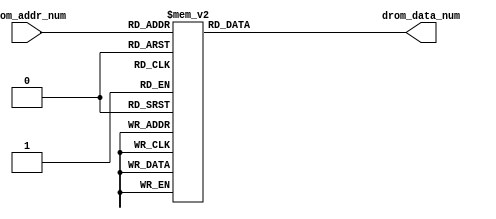
`timescale 1ns / 1ps
//////////////////////////////////////////////////////////////////////////////////
// Company: 
// Engineer: 
// 
// Design Name: 
// Module Name: font_ping
// Project Name: 
// Target Devices: 
// Tool Versions: 
// Description: 
// 
// Dependencies: 
// 
// Revision:
// Revision 0.01 - File Created
// Additional Comments:
// 
//////////////////////////////////////////////////////////////////////////////////


module word_ping(
    input [4:0] drom_addr_num,
    output reg [0:127] drom_data_num
);

always @(*)
    begin
	    case (drom_addr_num)
            0:drom_data_num = 128'b01111111111111111111111111110000011111111111111111111111111111100000111111111111111111111111000000001111111111111111111111111110;
            1:drom_data_num = 128'b01000000000000000000000000001000000000000000000100000000000000000001000000000000000000000000100000010000000000000000000000000000;
            2:drom_data_num = 128'b01000000000000000000000000000100000000000000000100000000000000000010000000000000000000000000010000100000000000000000000000000000;
            3:drom_data_num = 128'b01000000000000000000000000000010000000000000000100000000000000000100000000000000000000000000001001000000000000000000000000000000;
            4:drom_data_num = 128'b01000000000000000000000000000010000000000000000100000000000000000100000000000000000000000000001001000000000000000000000000000000;
            5:drom_data_num = 128'b01000000000000000000000000000010000000000000000100000000000000000100000000000000000000000000001001000000000000000000000000000000;
            6:drom_data_num = 128'b01000000000000000000000000000010000000000000000100000000000000000100000000000000000000000000001001000000000000000000000000000000;
            7:drom_data_num = 128'b01000000000000000000000000000010000000000000000100000000000000000100000000000000000000000000001001000000000000000000000000000000;
            8:drom_data_num = 128'b01000000000000000000000000000010000000000000000100000000000000000100000000000000000000000000001001000000000000000000000000000000;
            9:drom_data_num = 128'b01000000000000000000000000000010000000000000000100000000000000000100000000000000000000000000001001000000000000000000000000000000;
           10:drom_data_num = 128'b01000000000000000000000000000010000000000000000100000000000000000100000000000000000000000000001001000000000000000000000000000000;
           11:drom_data_num = 128'b01000000000000000000000000000010000000000000000100000000000000000100000000000000000000000000001001000000000000000000000000000000;
           12:drom_data_num = 128'b01000000000000000000000000000100000000000000000100000000000000000100000000000000000000000000001001000000000000000000000000000000;
           13:drom_data_num = 128'b01000000000000000000000000001000000000000000000100000000000000000100000000000000000000000000001001000000000000000000000000000000;
           14:drom_data_num = 128'b01011111111111111111111111110000000000000000000100000000000000000100000000000000000000000000001001000011111111111111111111110000;
           15:drom_data_num = 128'b01000000000000000000000000000000000000000000000100000000000000000100000000000000000000000000001001000000000000000000000000001000;
           16:drom_data_num = 128'b01000000000000000000000000000000000000000000000100000000000000000100000000000000000000000000001001000000000000000000000000000100;
           17:drom_data_num = 128'b01000000000000000000000000000000000000000000000100000000000000000100000000000000000000000000001001000000000000000000000000000010;
           18:drom_data_num = 128'b01000000000000000000000000000000000000000000000100000000000000000100000000000000000000000000001001000000000000000000000000000010;
           19:drom_data_num = 128'b01000000000000000000000000000000000000000000000100000000000000000100000000000000000000000000001001000000000000000000000000000010;
           20:drom_data_num = 128'b01000000000000000000000000000000000000000000000100000000000000000100000000000000000000000000001001000000000000000000000000000010;
           21:drom_data_num = 128'b01000000000000000000000000000000000000000000000100000000000000000100000000000000000000000000001001000000000000000000000000000010;
           22:drom_data_num = 128'b01000000000000000000000000000000000000000000000100000000000000000100000000000000000000000000001001000000000000000000000000000010;
           23:drom_data_num = 128'b01000000000000000000000000000000000000000000000100000000000000000100000000000000000000000000001001000000000000000000000000000010;
           24:drom_data_num = 128'b01000000000000000000000000000000000000000000000100000000000000000100000000000000000000000000001001000000000000000000000000000010;
           25:drom_data_num = 128'b01000000000000000000000000000000000000000000000100000000000000000100000000000000000000000000001001000000000000000000000000000010;
           26:drom_data_num = 128'b01000000000000000000000000000000000000000000000100000000000000000100000000000000000000000000001001000000000000000000000000000010;
           27:drom_data_num = 128'b01000000000000000000000000000000000000000000000100000000000000000100000000000000000000000000001001000000000000000000000000000010;
           28:drom_data_num = 128'b01000000000000000000000000000000000000000000000100000000000000000100000000000000000000000000001001000000000000000000000000000010;
           29:drom_data_num = 128'b01000000000000000000000000000000000000000000000100000000000000000100000000000000000000000000001000100000000000000000000000000100;
           30:drom_data_num = 128'b01000000000000000000000000000000000000000000000100000000000000000100000000000000000000000000001000010000000000000000000000001000;
           31:drom_data_num = 128'b01000000000000000000000000000000011111111111111111111111111111100100000000000000000000000000001000001111111111111111111111110000;
        endcase
    end

endmodule